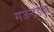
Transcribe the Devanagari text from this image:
गजेन्द्रडकर